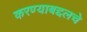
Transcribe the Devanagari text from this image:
करण्याबद्दलचे